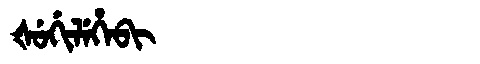
Manchu: ᡧᡠᡤᡳᠯᡝᡥᡝᠪᡳ
Romanization: ŠUGILEHEBI